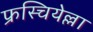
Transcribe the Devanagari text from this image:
फ्रस्चियेल्ला